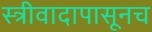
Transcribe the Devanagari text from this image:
स्त्रीवादापासूनच